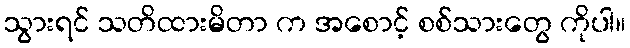
သွားရင် သတိထားမိတာ က အစောင့် စစ်သားတွေ ကိုပါ။